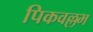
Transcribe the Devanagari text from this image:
पिकवल्लभ